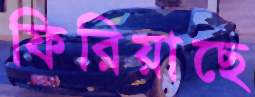
ফিরিয়াছে